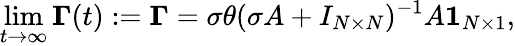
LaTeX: \operatorname*{lim}_{t\to\infty}\boldsymbol{\Gamma}(t):=\boldsymbol{\Gamma}=\sigma\theta(\sigma A+I_{N\times N})^{-1}A\boldsymbol{1}_{N\times 1},